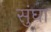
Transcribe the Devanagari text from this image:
सुंघा